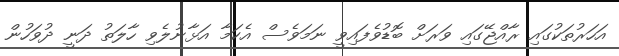
އަހަރުތަކުގައި ރާއްޖޭގައި ވަރަށް ބޮޑުވެފައިވީ ނަމަވެސް އެކަމާ އަޅާނުލެވި ހާލަތު ދަނީ ދުވަހުން